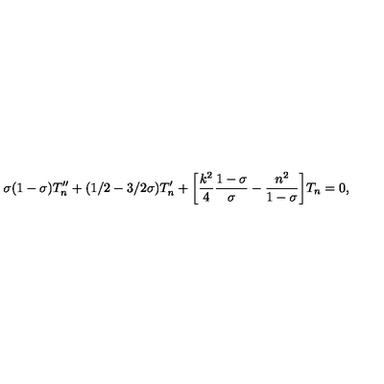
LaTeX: \sigma ( 1 - \sigma ) T _ { n } ^ { \prime \prime } + ( 1 / 2 - 3 / 2 \sigma ) T _ { n } ^ { \prime } + \biggl [ \frac { k ^ { 2 } } { 4 } \frac { 1 - \sigma } { \sigma } - \frac { n ^ { 2 } } { 1 - \sigma } \biggr ] T _ { n } = 0 ,